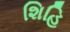
શિહિ